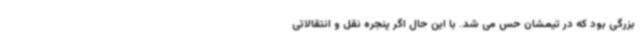
بزرگی بود که در تیمشان حس می‌ شد. با این حال اگر پنجره نقل و انتقالاتی